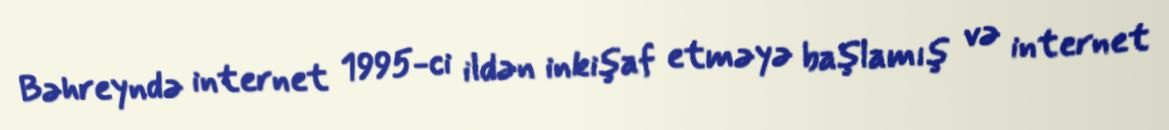
Bəhreyndə internet 1995-ci ildən inkişaf etməyə başlamış və internet